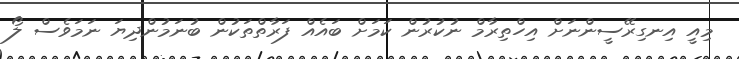
މިއީ އިނގިރޭސީންނަށް އިހްތިރާމް ނުކުރުން ކަމަށް ބައެއް ފަރާތްތަކުން ބުނަމުންދިޔަ ނަމަވެސް ލޯ